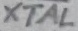
Text: XTAL